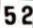
52